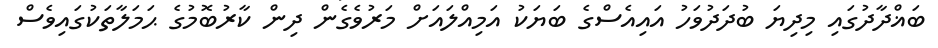
ބަޣްދާދުގައި މިދިޔަ ބުދަދުވަހު އައިއެސްގެ ބަޔަކު އަމިއްލައަށް މަރުވެގެން ދިން ކާރުބޮމުގެ ޙަމަލާތަކުގައިވެސް